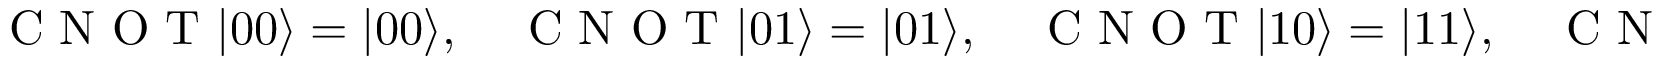
\mathrm { ~ C ~ N ~ O ~ T ~ } | 0 0 \rangle = | 0 0 \rangle , \quad \mathrm { ~ C ~ N ~ O ~ T ~ } | 0 1 \rangle = | 0 1 \rangle , \quad \mathrm { ~ C ~ N ~ O ~ T ~ } | 1 0 \rangle = | 1 1 \rangle , \quad \mathrm { ~ C ~ N ~ O ~ T ~ } | 1 1 \rangle = | 1 0 \rangle .